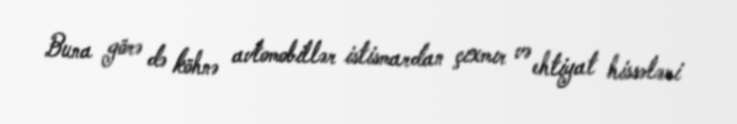
Buna görə də köhnə avtomobillər istismardan çıxmır və ehtiyat hissələri